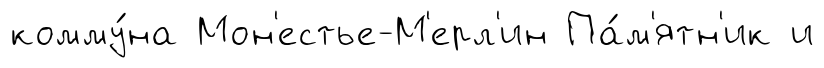
комму́на Мон'естье-М'ерл'ин Па́м'ятн'ик и